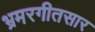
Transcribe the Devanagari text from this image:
भ्रमरगीतसार